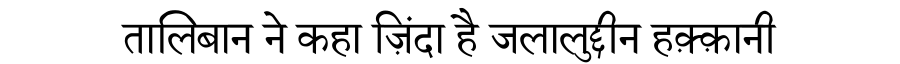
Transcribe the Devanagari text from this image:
तालिबान ने कहा ज़िंदा है जलालुद्दीन हक़्क़ानी